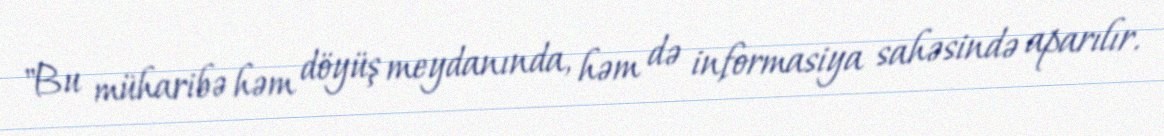
"Bu müharibə həm döyüş meydanında, həm də informasiya sahəsində aparılır.